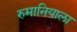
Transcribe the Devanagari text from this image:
रुमानियाला